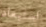
استبعاد